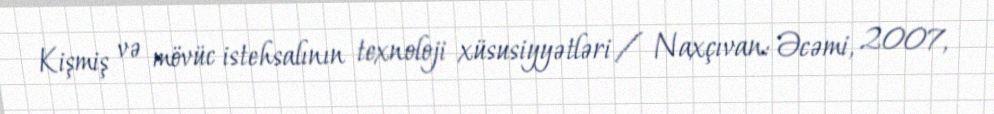
Kişmiş və mövüc istehsalının texnoloji xüsusiyyətləri / Naxçıvan: Əcəmi, 2007,